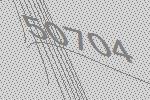
50704